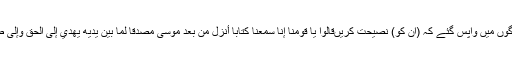
جب (پڑھنا) تمام ہوا تو اپنی برادری کے لوگوں میں واپس گئے کہ (ان کو) نصیحت کریںقَالُوا يَا قَوْمَنَا إِنَّا سَمِعْنَا كِتَابًا أُنزِلَ مِن بَعْدِ مُوسَىٰ مُصَدِّقًا لِّمَا بَيْنَ يَدَيْهِ يَهْدِي إِلَى الْحَقِّ وَإِلَىٰ طَرِيقٍ مُّسْتَقِيمٍ ( 30 ) کہنے لگے کہ اے قوم!